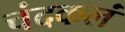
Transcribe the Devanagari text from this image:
चंदकलं